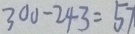
3 0 0 - 2 4 3 = 5 7